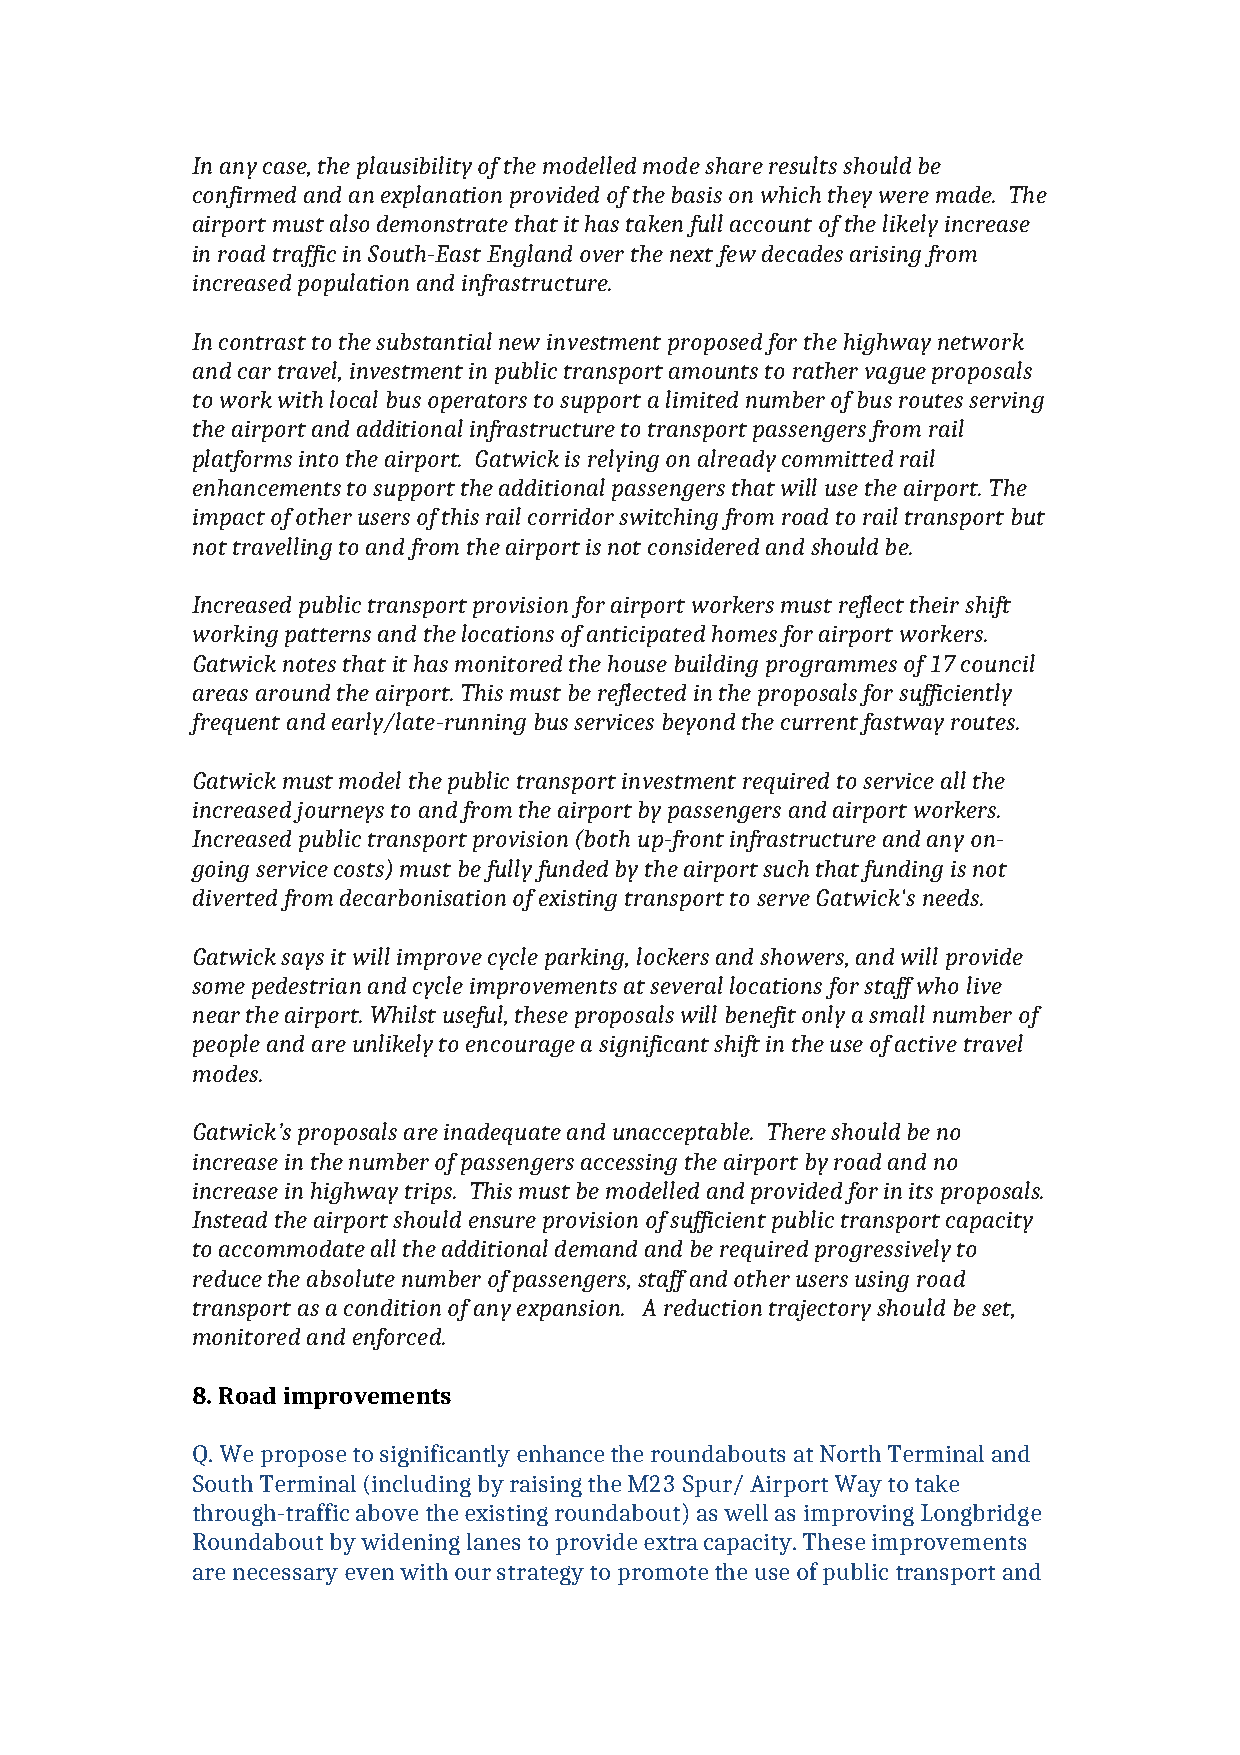
In any case, the plausibility of the modelled mode share results should be
 confirmed and an explanation provided of the basis on which they were made. The
 airport must also demonstrate that it has taken full account of the likely increase
 in road traffic in South-East England over the next few decades arising from
 increased population and infrastructure.
 In contrast to the substantial new investment proposed for the highway network
 and car travel, investment in public transport amounts to rather vague proposals
 to work with local bus operators to support a limited number of bus routes serving
 the airport and additional infrastructure to transport passengers from rail
 platforms into the airport. Gatwick is relying on already committed rail
 enhancements to support the additional passengers that will use the airport. The
 impact of other users of this rail corridor switching from road to rail transport but
 not travelling to and from the airport is not considered and should be.
 Increased public transport provision for airport workers must reflect their shift
 working patterns and the locations of anticipated homes for airport workers.
 Gatwick notes that it has monitored the house building programmes of 17 council
 areas around the airport. This must be reflected in the proposals for sufficiently
 frequent and early/late-running bus services beyond the current fastway routes.
 Gatwick must model the public transport investment required to service all the
 increased journeys to and from the airport by passengers and airport workers.
 Increased public transport provision (both up-front infrastructure and any on-
 going service costs) must be fully funded by the airport such that funding is not
 diverted from decarbonisation of existing transport to serve Gatwick's needs.
 Gatwick says it will improve cycle parking, lockers and showers, and will provide
 some pedestrian and cycle improvements at several locations for staff who live
 near the airport. Whilst useful, these proposals will benefit only a small number of
 people and are unlikely to encourage a significant shift in the use of active travel
 modes.
 Gatwick’s proposals are inadequate and unacceptable. There should be no
 increase in the number of passengers accessing the airport by road and no
 increase in highway trips. This must be modelled and provided for in its proposals.
 Instead the airport should ensure provision of sufficient public transport capacity
 to accommodate all the additional demand and be required progressively to
 reduce the absolute number of passengers, staff and other users using road
 transport as a condition of any expansion. A reduction trajectory should be set,
 monitored and enforced.
 8. Road improvements
 Q. We propose to significantly enhance the roundabouts at North Terminal and
 South Terminal (including by raising the M23 Spur/ Airport Way to take
 through-traffic above the existing roundabout) as well as improving Longbridge
 Roundabout by widening lanes to provide extra capacity. These improvements
 are necessary even with our strategy to promote the use of public transport and